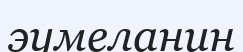
эумеланин